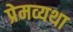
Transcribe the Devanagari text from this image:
प्रेमव्यथा